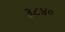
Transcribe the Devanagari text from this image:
३८४०